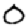
Digit: 0